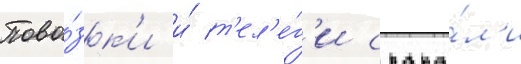
Пово́зк'и и́ т'ел'е́г'и скака́л'и